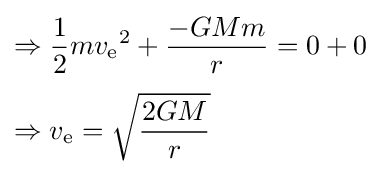
{\begin{aligned}\Rightarrow {}&{\frac {1}{2}}m{v_{\text{e}}}^{2}+{\frac {-GMm}{r}}=0+0\\[3pt]\Rightarrow {}&v_{\text{e}}={\sqrt {\frac {2GM}{r}}}\end{aligned}}